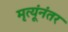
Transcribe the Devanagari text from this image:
मृत्यूंनंतर